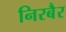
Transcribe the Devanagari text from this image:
निरबैर